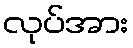
လုပ်အား